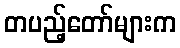
တပည့်တော်များက